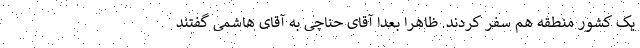
یک کشور منطقه هم سفر کردند. ظاهرا بعدا آقای حناچی به آقای هاشمی گفتند